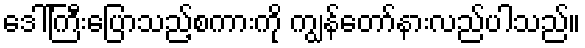
ဒေါ်ကြီးပြောသည့်စကားကို ကျွန်တော်နားလည်ပါသည်။